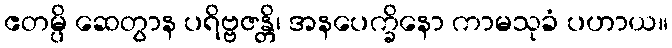
ဧတမ္ပိ ဆေတွာန ပရိဗ္ဗဇန္တိ၊ အနပေက္ခိနော ကာမသုခံ ပဟာယ။